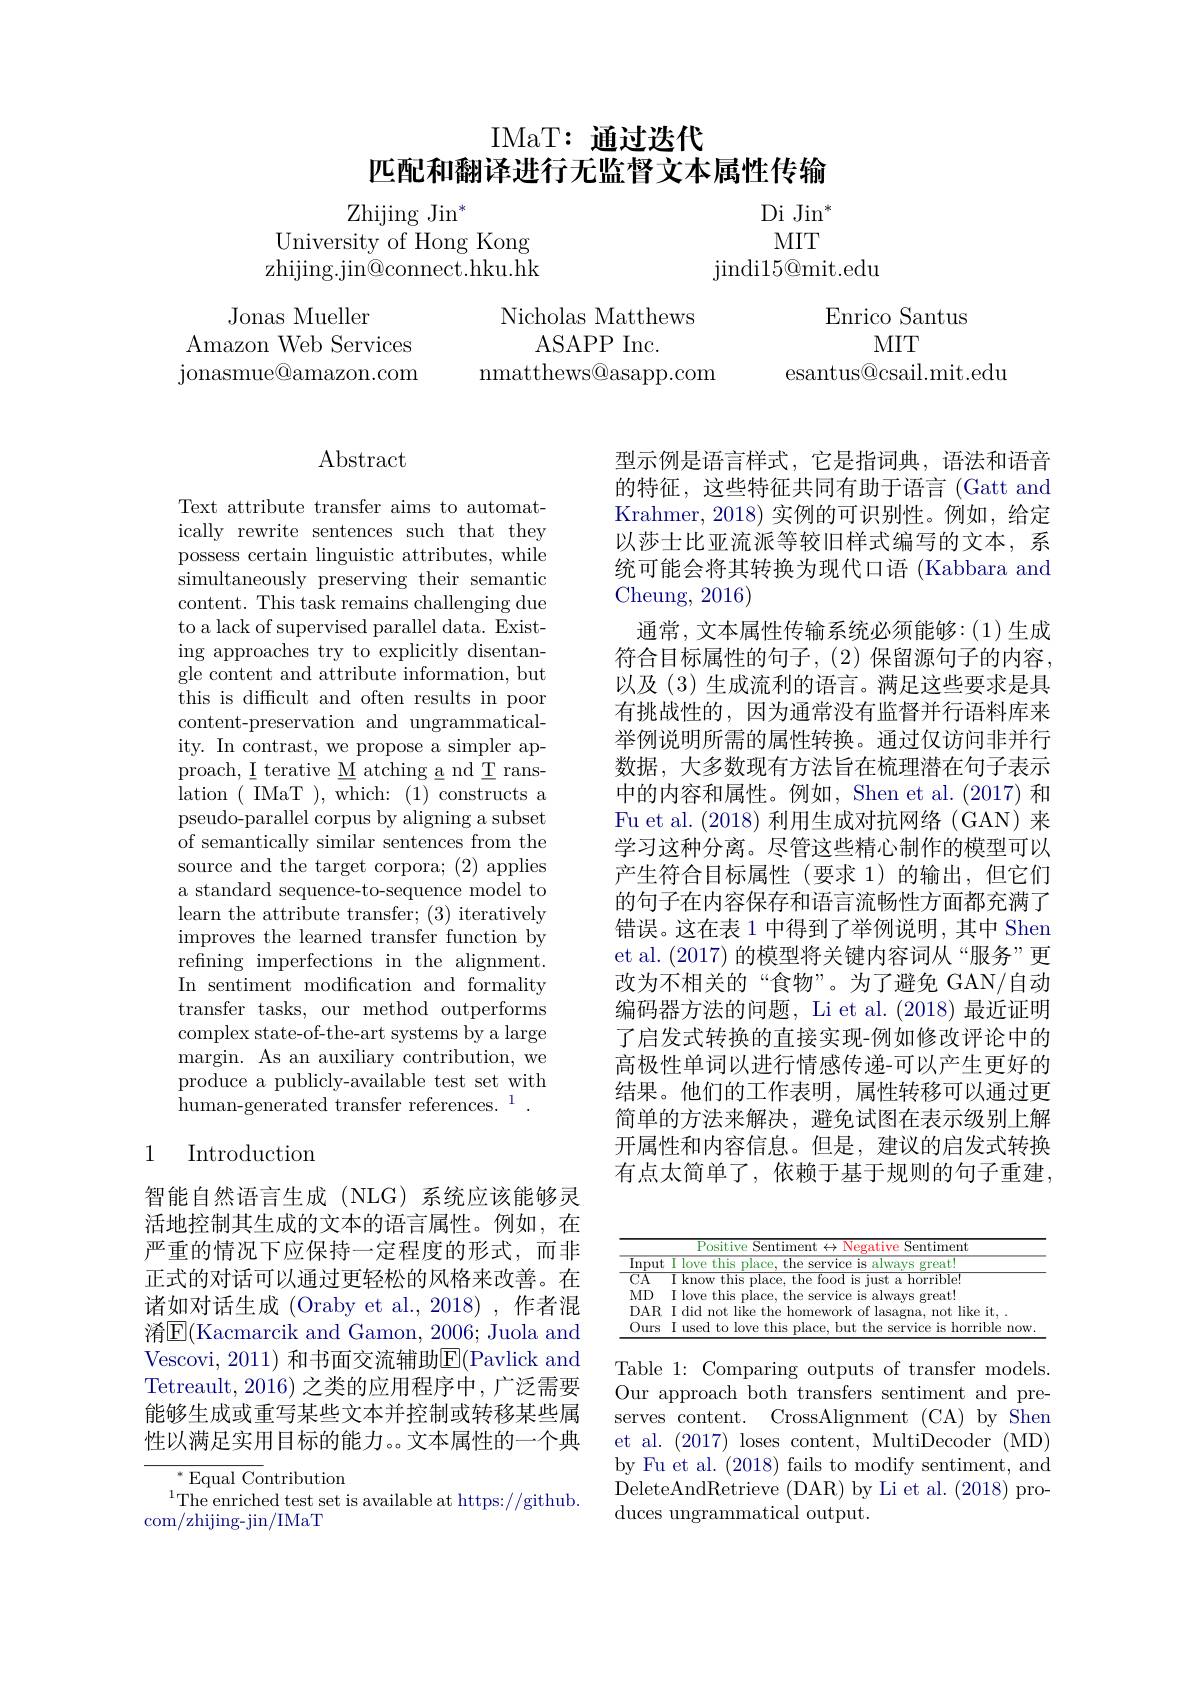
# IMaT: 通过迭代
匹配和翻译进行无监督文本属性传输

Zhijing Jin$^*$
University of Hong Kong zhijing.jin@connect.hku.hk

$DiJin^*$ MIT
jindi15@ mit. edu

Enrico Santus
MIT
esantus@csail.mit.edu

Jonas Mueller
Amazon Web Services jonasmue@ amazon. com

Nicholas Matthews
ASAPPInc.
nmatthews@asapp.com

# $\operatorname{Abstract}$

Text attribute transfer aims to automatically rewrite sentences such that they possess certain linguistic attributes, while simultaneously preserving their semantic content. This task remains challenging due to a lack of supervised parallel data. Existing approaches try to explicitly disentangle content and attribute information, but this is difficult and often results in poor content-preservation and ungrammaticality. In contrast, we propose a simpler approach, I terative M atching a nd T ranslation ( IMaT ), which: (1) constructs a pseudo-parallel corpus by aligning a subset of semantically similar sentences from the source and the target corpora; (2) applies a standard sequence-to-sequence model to learn the attribute transfer; (3) iteratively improves the learned transfer function by refining imperfections in the alignment. In sentiment modification and formality transfer tasks, our method outperforms complex state-of-the-art systems by a large margin. As an auxiliary contribution, we produce a publicly-available test set with human-generated transfer references.$^1.$

## 1 Introduction

智能自然语言生成(NLG)系统应该能够灵活地控制其生成的文本的语言属性。例如，在严重的情况下应保持一定程度的形式，而非正式的对话可以通过更轻松的风格来改善。在诸如对话生成 (Oraby et al.,2018) ,作者混淆$\underline{\mathrm{E}}($Kacmarcik and Gamon, 2006; Juola and Vescovi, 2011) 和书面交流辅助$\overline{\mathrm{E}}($Pavlick and Tetreault, 2016) 之类的应用程序中，广泛需要能够生成或重写某些文本并控制或转移某些属性以满足实用目标的能力。。文本属性的一个典

${^{*}\text{Equal Contribution}}$
$^{1}$The enriched test set is available at https://github.
com/zhijing-jin/IMaT

型示例是语言样式，它是指词典，语法和语音的特征，这些特征共同有助于语言(Gatt and Krahmer, 2018) 实例的可识别性。例如，给定以莎士比亚流派等较旧样式编写的文本，系统可能会将其转换为现代口语 (Kabbara and $\mathop{\mathrm{Cheung,~2016}}$
通常，文本属性传输系统必须能够：(1)生成符合目标属性的句子，(2)保留源句子的内容， 以及(3)生成流利的语言。满足这些要求是具有挑战性的，因为通常没有监督并行语料库来举例说明所需的属性转换。通过仅访问非并行数据，大多数现有方法旨在梳理潜在句子表示中的内容和属性。例如，Shen et al.(2017) 和Fu et al. (2018)利用生成对抗网络(GAN)来学习这种分离。尽管这些精心制作的模型可以产生符合目标属性(要求 1)的输出，但它们的句子在内容保存和语言流畅性方面都充满了错误。这在表 1 中得到了举例说明，其中 Shen et al. (2017)的模型将关键内容词从“服务”更改为不相关的“食物”。为了避免 GAN/自动编码器方法的问题，Li et al.(2018) 最近证明了启发式转换的直接实现-例如修改评论中的高极性单词以进行情感传递-可以产生更好的结果。他们的工作表明，属性转移可以通过更简单的方法来解决，避免试图在表示级别上解开属性和内容信息。但是，建议的启发式转换有点太简单了，依赖于基于规则的句子重建，

<table>
	<tbody>
		<tr>
			<td> </td>
			<td>Positive 2 Sentiment $\hbar\leftrightarrow$ Negative , $\mathop{\mathrm{Sentiment}}$</td>
		</tr>
		<tr>
			<td>$\overline{\mathrm{Input}}$</td>
			<td>xreat Ovp this 1197 AIMAT</td>
		</tr>
		<tr>
			<td>$\overline{\mathrm{CA}}$</td>
			<td>know the f tond s inst a horriblet this mlace</td>
		</tr>
		<tr>
			<td>$MD$</td>
			<td>Linna root this mlace</td>
		</tr>
		<tr>
			<td>$DAR$</td>
			<td> </td>
		</tr>
		<tr>
			<td>Ours</td>
			<td>now</td>
		</tr>
	</tbody>
</table>

Table 1: Comparing outputs of transfer models. Our approach both transfers sentiment and preserves content. CrossAlignment (CA) by Shen et al. (2017) loses content, MultiDecoder (MD) by Fu et al. (2018) fails to modify sentiment, and DeleteAndRetrieve (DAR) by Li et al. (2018) produces ungrammatical output.